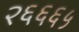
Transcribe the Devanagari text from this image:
२६६६५